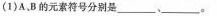
(1)A、B的元素符号分别是___，___。